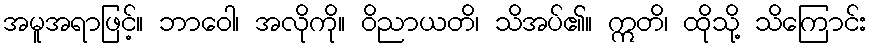
အမူအရာဖြင့်။ ဘာဝေါ၊ အလိုကို။ ဝိညာယတိ၊ သိအပ်၏။ ဣတိ၊ ထိုသို့ သိကြောင်း